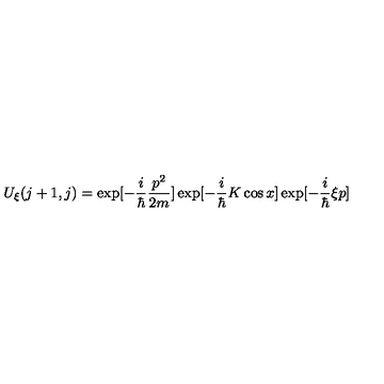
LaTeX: U _ { \xi } ( j + 1 , j ) = \exp [ - \frac { i } { \hbar } \frac { p ^ { 2 } } { 2 m } ] \exp [ - \frac { i } { \hbar } K \cos x ] \exp [ - \frac { i } { \hbar } \xi p ]